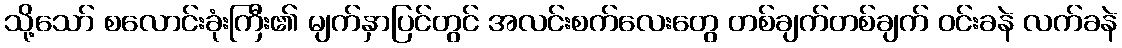
သို့သော် စလောင်းခုံးကြီး၏ မျက်နှာပြင်တွင် အလင်းစက်လေးတွေ တစ်ချက်တစ်ချက် ဝင်းခနဲ လက်ခနဲ